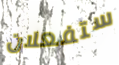
ستفعلان